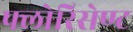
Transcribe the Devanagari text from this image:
फ्लोरिसेण्ट